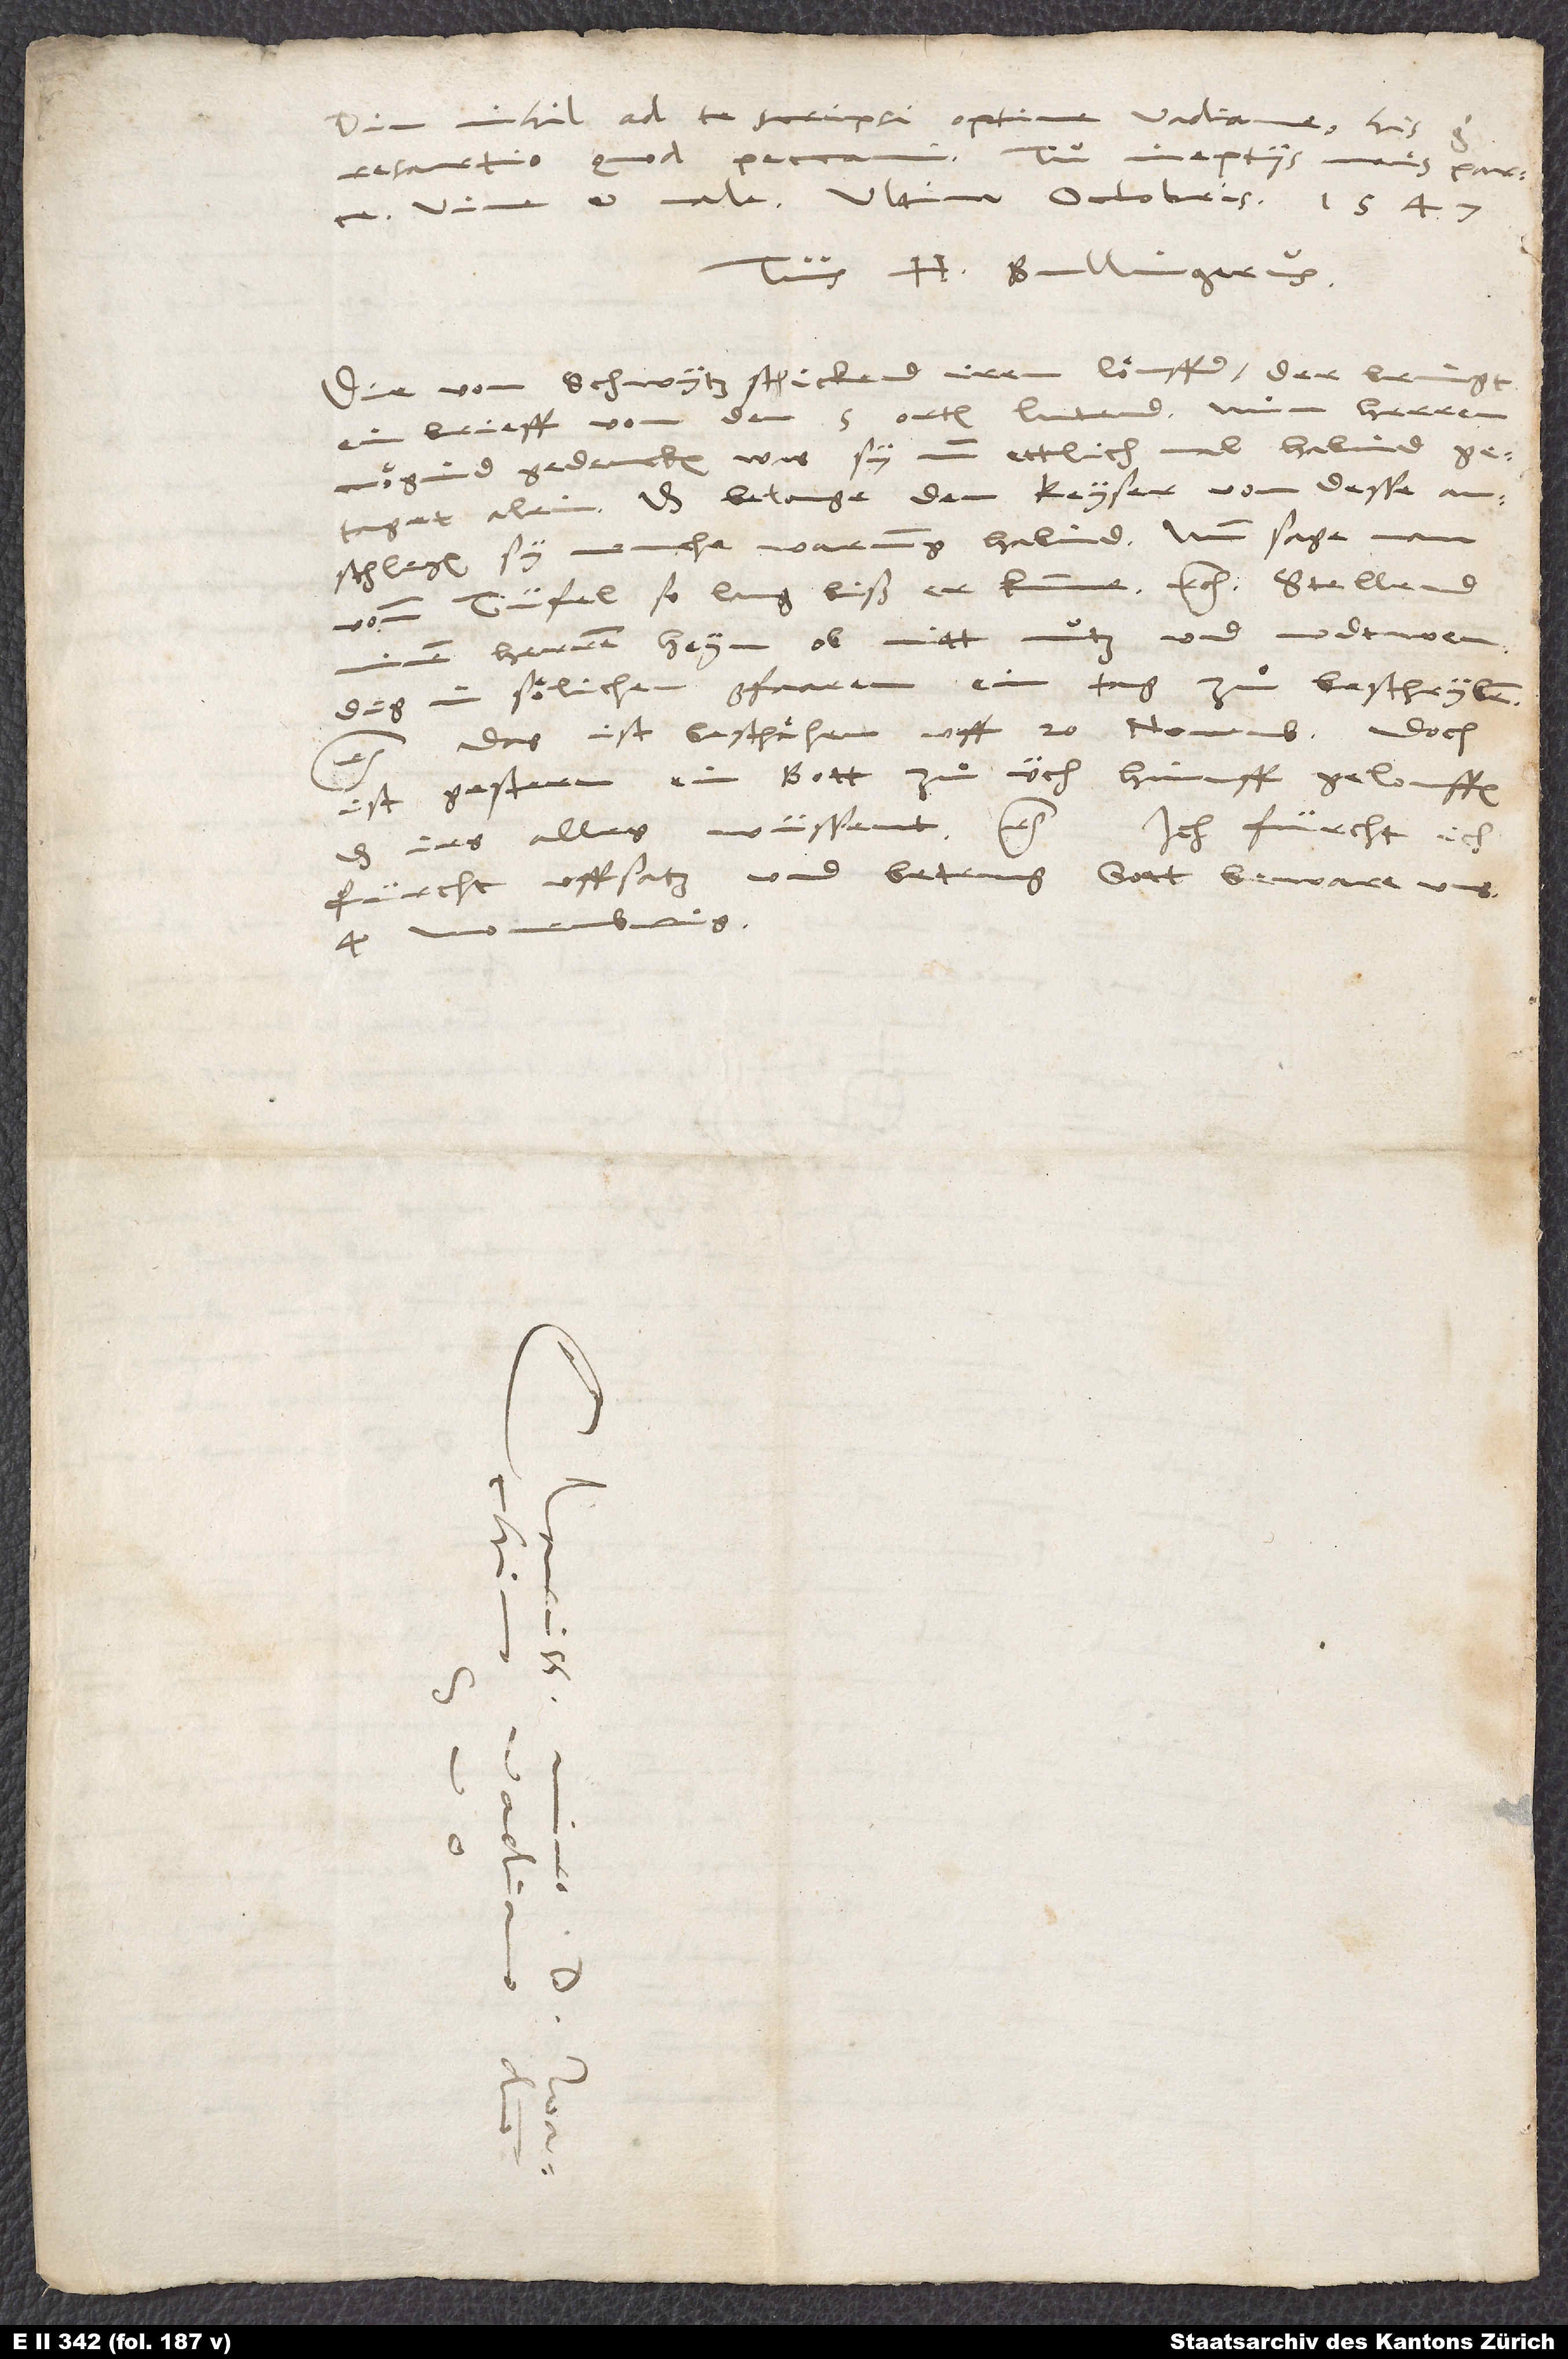
Diu nihil ad te scripsi, optime Vadiane. His ergo
Tu ineptiis meis parce.
resartio, quod peccavi.
Vive et vale. Ultima octobris 1547.
Tuus H. Bullingerus.
Die von Schwytz schickend iren löuffer. Der bringt
ein brieff von den 5 orten, lutend, min herren
mögind gedencken, was sy nun ettlich mal habind
getaget alein: Das belange den keyser, von desse
anschlegen sy menche warnung habind. Nun sage man
vomm tüfel so lang, biß er kumme, etc. Stellend
minen herren heym, ob nitt nutz und nodtwendig,
in sölichen gfaaren ein tag zuͦ beschryben,
etc. Das ist beschähen uff 20. novembris. Doch
ist gestern ein bott zuͦ üch hinuff gelouffen,
das irs alles wüssent, etc. Ich fürcht, ich
fürcht uffsatz und betrug! Gott beware uns.
4. novembris.